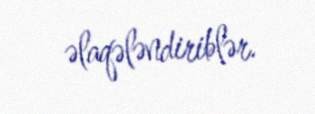
əlaqələndiriblər.